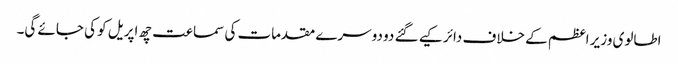
اطالوی وزیر اعظم کے خلاف دائر کیے گئے دو دوسرے مقدمات کی سماعت چھ اپریل کو کی جائے گی۔